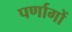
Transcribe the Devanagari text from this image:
पर्णागों